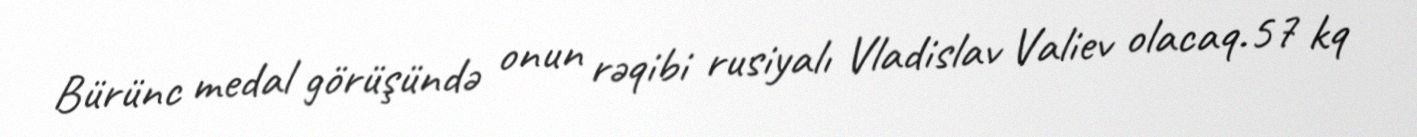
Bürünc medal görüşündə onun rəqibi rusiyalı Vladislav Valiev olacaq.57 kq